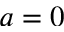
a = 0